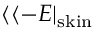
\langle \langle - E | _ { \mathrm { s k i n } }